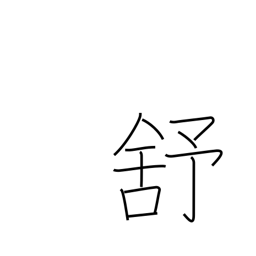
Meaning: relax